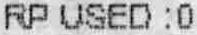
RP USED :0